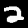
Label: 2